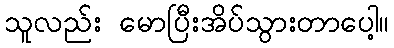
သူလည်း မောပြီးအိပ်သွားတာပေါ့။